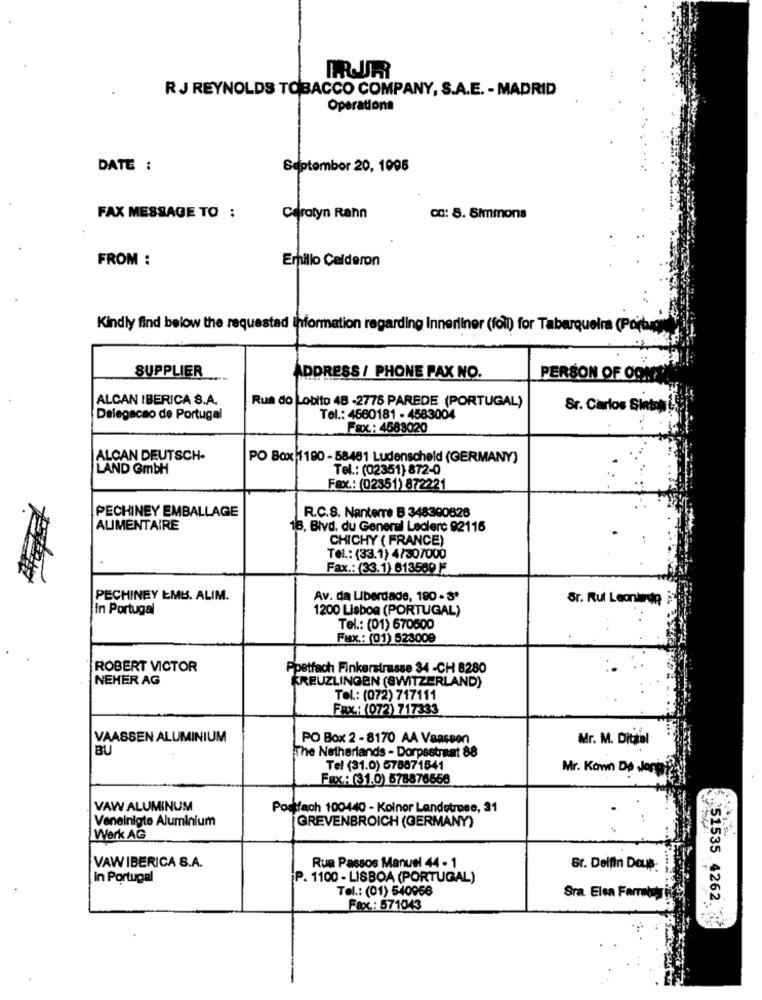
R J REYNOLDS TOBACCO COMPANY, S.A.E. - MADRID
Operations
DATE :
September 20, 1095
FAX MESSAGE TO :
Carolyn Rann
CC: 5. Simmons
FROM :
Emillo Calderon
Kindly find below the requested ihformation regarding Innerliner (foil) for Taberqueira (Portugn"
SUPPLIER
ADDRESS / PHONE PAX NO.
PERSON OF OON
ALCAN IBERICA S.A.
Rua do Lobito 48 -2776 PAREDE (PORTUGAL)
Sr. Carlos SintonL
Delegacao de Portugal
Tel .: 4660181 - 4583004
Fax: 4583020
ALCAN DEUTSCH-
PO Box 1190 - 58481 Ludenscheld (GERMANY)
LAND GmbH
Tel .: (02351) 872-0
Fax .: (02351) 872221
PECHINEY EMBALLAGE
R.C.S. Nanterre B 348390826
ALIMENTAIRE
18. Blvd. du General Leclerc 92116
CHICHY ( FRANCE)
Tel .: (33.1) 4/307000
Fax .: (33.1) 613589 :
PECHINEY EMB. ALIM.
Av. da Liberdade, 180 - 3'
Sr. Rul Leonardo
in Portugal
1200 Lisboa (PORTUGAL)
Tel .: (01) 670600
Fax .: (01) 523000
ROBERT VICTOR
Postfach Finkerstrasse 34 -CH 8280
NEHER AG
KREUZLINGEN (SWITZERLAND)
Tel .: (072) 717111
FAX: (072) 717333
VAASSEN ALUMINIUM
PO Box 2 - 8170 AA Vaassen
BU
The Netherlands - Dorpsstraat 88
Mr. M. Ditil
Tel (31.0) 578871841
Mr. Kann De Jong ??
Fax: (31.0) 678876668
VAW ALUMINUM
Postfach 100440 - Kolnor Landetrpee, 31
Veneinigte Aluminium
GREVENBROICH (GERMANY)
Werk AG
VAW IBERICA S.A.
Rua Passos Manuel 44 - 1
Sr. Delfin Dous:
in Portugal
P. 1100 - LISBOA (PORTUGAL)
Tel .: (01) 540956
Sra. Elsa Farralos
51535. 4262
Fax .: 571043